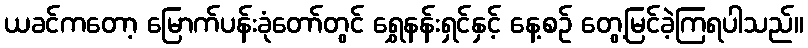
ယခင်ကတော့ မြောက်ပန်းခုံတော်တွင် ရွှေနန်းရှင်နှင့် နေ့စဉ် တွေ့မြင်ခဲ့ကြရပါသည်။